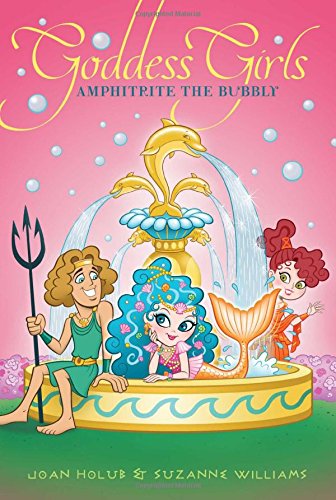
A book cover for Amphitrite the Bubbly (Goddess Girls); Joan Holub; Children's Books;